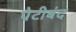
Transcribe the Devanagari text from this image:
पेटीबंद